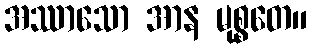
အဿာသော အာန မုစ္စတေ။